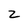
Character: z